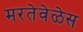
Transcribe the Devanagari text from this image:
मरतेवेळेस